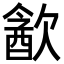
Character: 㱃